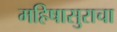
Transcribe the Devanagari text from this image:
महिषासुराचा